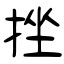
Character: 挫